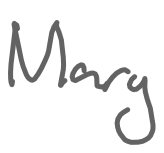
Text: Mary
Cross-out: clean
Writing tool: digital_gray